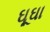
ઘૂઘા